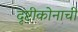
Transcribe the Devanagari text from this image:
दृष्टीकोनाची